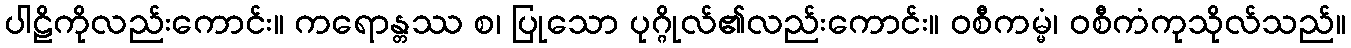
ပါဠိကိုလည်းကောင်း။ ကရောန္တဿ စ၊ ပြုသော ပုဂ္ဂိုလ်၏လည်းကောင်း။ ဝစီကမ္မံ၊ ဝစီကံကုသိုလ်သည်။